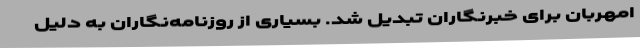
امهربان برای خبرنگاران تبدیل شد. بسیاری از روزنامه‌نگاران به دلیل